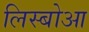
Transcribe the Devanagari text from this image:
लिस्बोआ